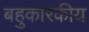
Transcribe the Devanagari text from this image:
बहुकारकीय